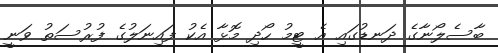
ބާސެލޯނާގެ ދަނޑުގައި އެ ޓީމު ހޯދި މޮޅާ އެކު ފައިނަލުގެ ފުރުސަތު ވަނީ